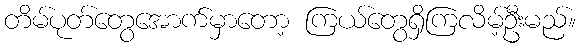
တိမ်ပုတ်တွေအောက်မှာတော့ ကြယ်တွေရှိကြလိမ့်ဦးမည်။